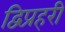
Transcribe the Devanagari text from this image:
द्विप्रहरी